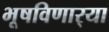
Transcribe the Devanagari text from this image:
भूषविणार्‍या